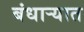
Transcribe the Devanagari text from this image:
बंधाऱ्यात